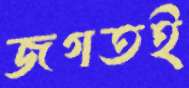
জগতই